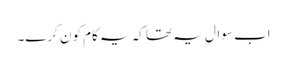
اب سوال یہ تھا کہ یہ کام کون کرے۔